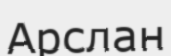
Арслан